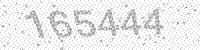
Solution: 165444